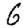
Digit: 6